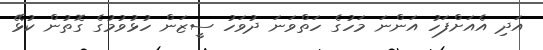
އަދި އެއަށްފަހު އަންނަ މަހުގެ ހަތްވަނަ ދުވަހު ސީޒަން ހުޅުވުމުގެ ގޮތުން ކުޅޭ